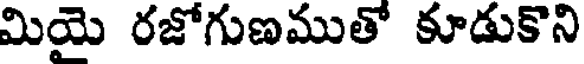
మియై రజోగుణముతో కూడుకొని